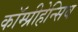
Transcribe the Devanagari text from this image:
कॉम्प्रीहेन्सिव